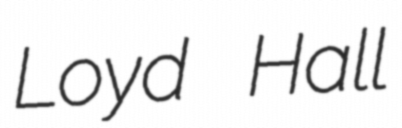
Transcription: Loyd Hall